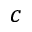
c